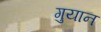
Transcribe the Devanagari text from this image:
गुयान